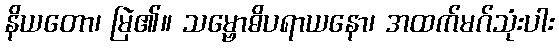
နိယတော၊ မြဲ၏။ သမ္ဗောဓိပရာယနော၊ အထက်မဂ်သုံးပါး